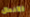
الأفعال